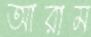
আরাম